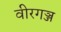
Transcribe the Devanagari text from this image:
वीरगञ्ज